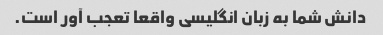
دانش شما به زبان انگلیسی واقعا تعجب آور است.